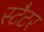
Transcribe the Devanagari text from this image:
स्टैटर